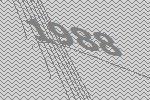
1988